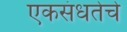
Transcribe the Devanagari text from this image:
एकसंधतेचे